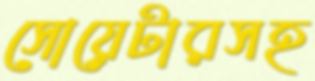
সোয়েটারসহ